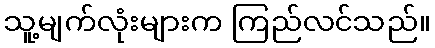
သူ့မျက်လုံးများက ကြည်လင်သည်။